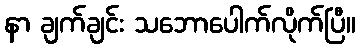
နာ ချက်ချင်း သဘောပေါက်လိုက်ပြီ။